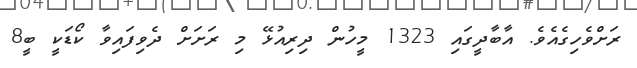
ރަށްވެހިގެއެވެ. އާބާދީގައި 1323 މީހުން ދިރިއުޅޭ މި ރަށަށް ދެވިފައިވާ ކޯޑަކީ ބީ8